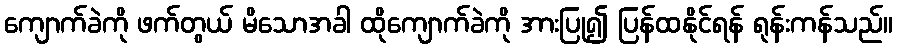
ကျောက်ခဲကို ဖက်တွယ် မိသောအခါ ထိုကျောက်ခဲကို အားပြု၍ ပြန်ထနိုင်ရန် ရုန်းကန်သည်။